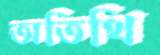
অতিথি